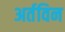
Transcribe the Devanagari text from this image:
अर्तविन